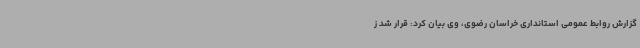
گزارش روابط‌ عمومی استانداری‌ خراسان رضوی، وی بیان کرد: قرار شد ز